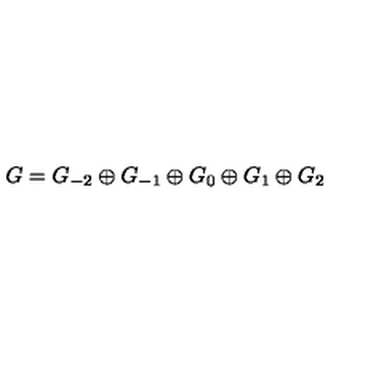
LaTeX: G = G _ { - 2 } \oplus G _ { - 1 } \oplus G _ { 0 } \oplus G _ { 1 } \oplus G _ { 2 }